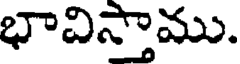
భావిస్తాము.